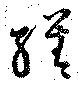
繕